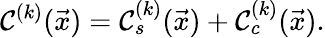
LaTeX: \mathcal C^{(k)}(\vec{x})=\mathcal C_{s}^{(k)}(\vec{x})+\mathcal C_{c}^{(k)}(\vec{x}).